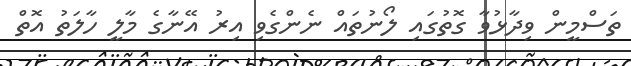
ތަސްމީން ވިދާޅުވާ ގޮތުގައި ލޯނުތައް ނެންގެވި އިރު އޭނާގެ މާލީ ހާލަތު އޮތް